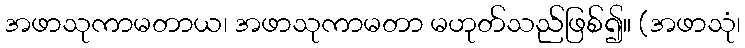
အဖာသုကာမတာယ၊ အဖာသုကာမတာ မဟုတ်သည်ဖြစ်၍။ (အဖာသုံ၊